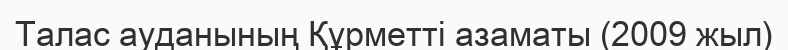
Талас ауданының Құрметті азаматы (2009 жыл)